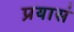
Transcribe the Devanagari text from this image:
प्रयासं